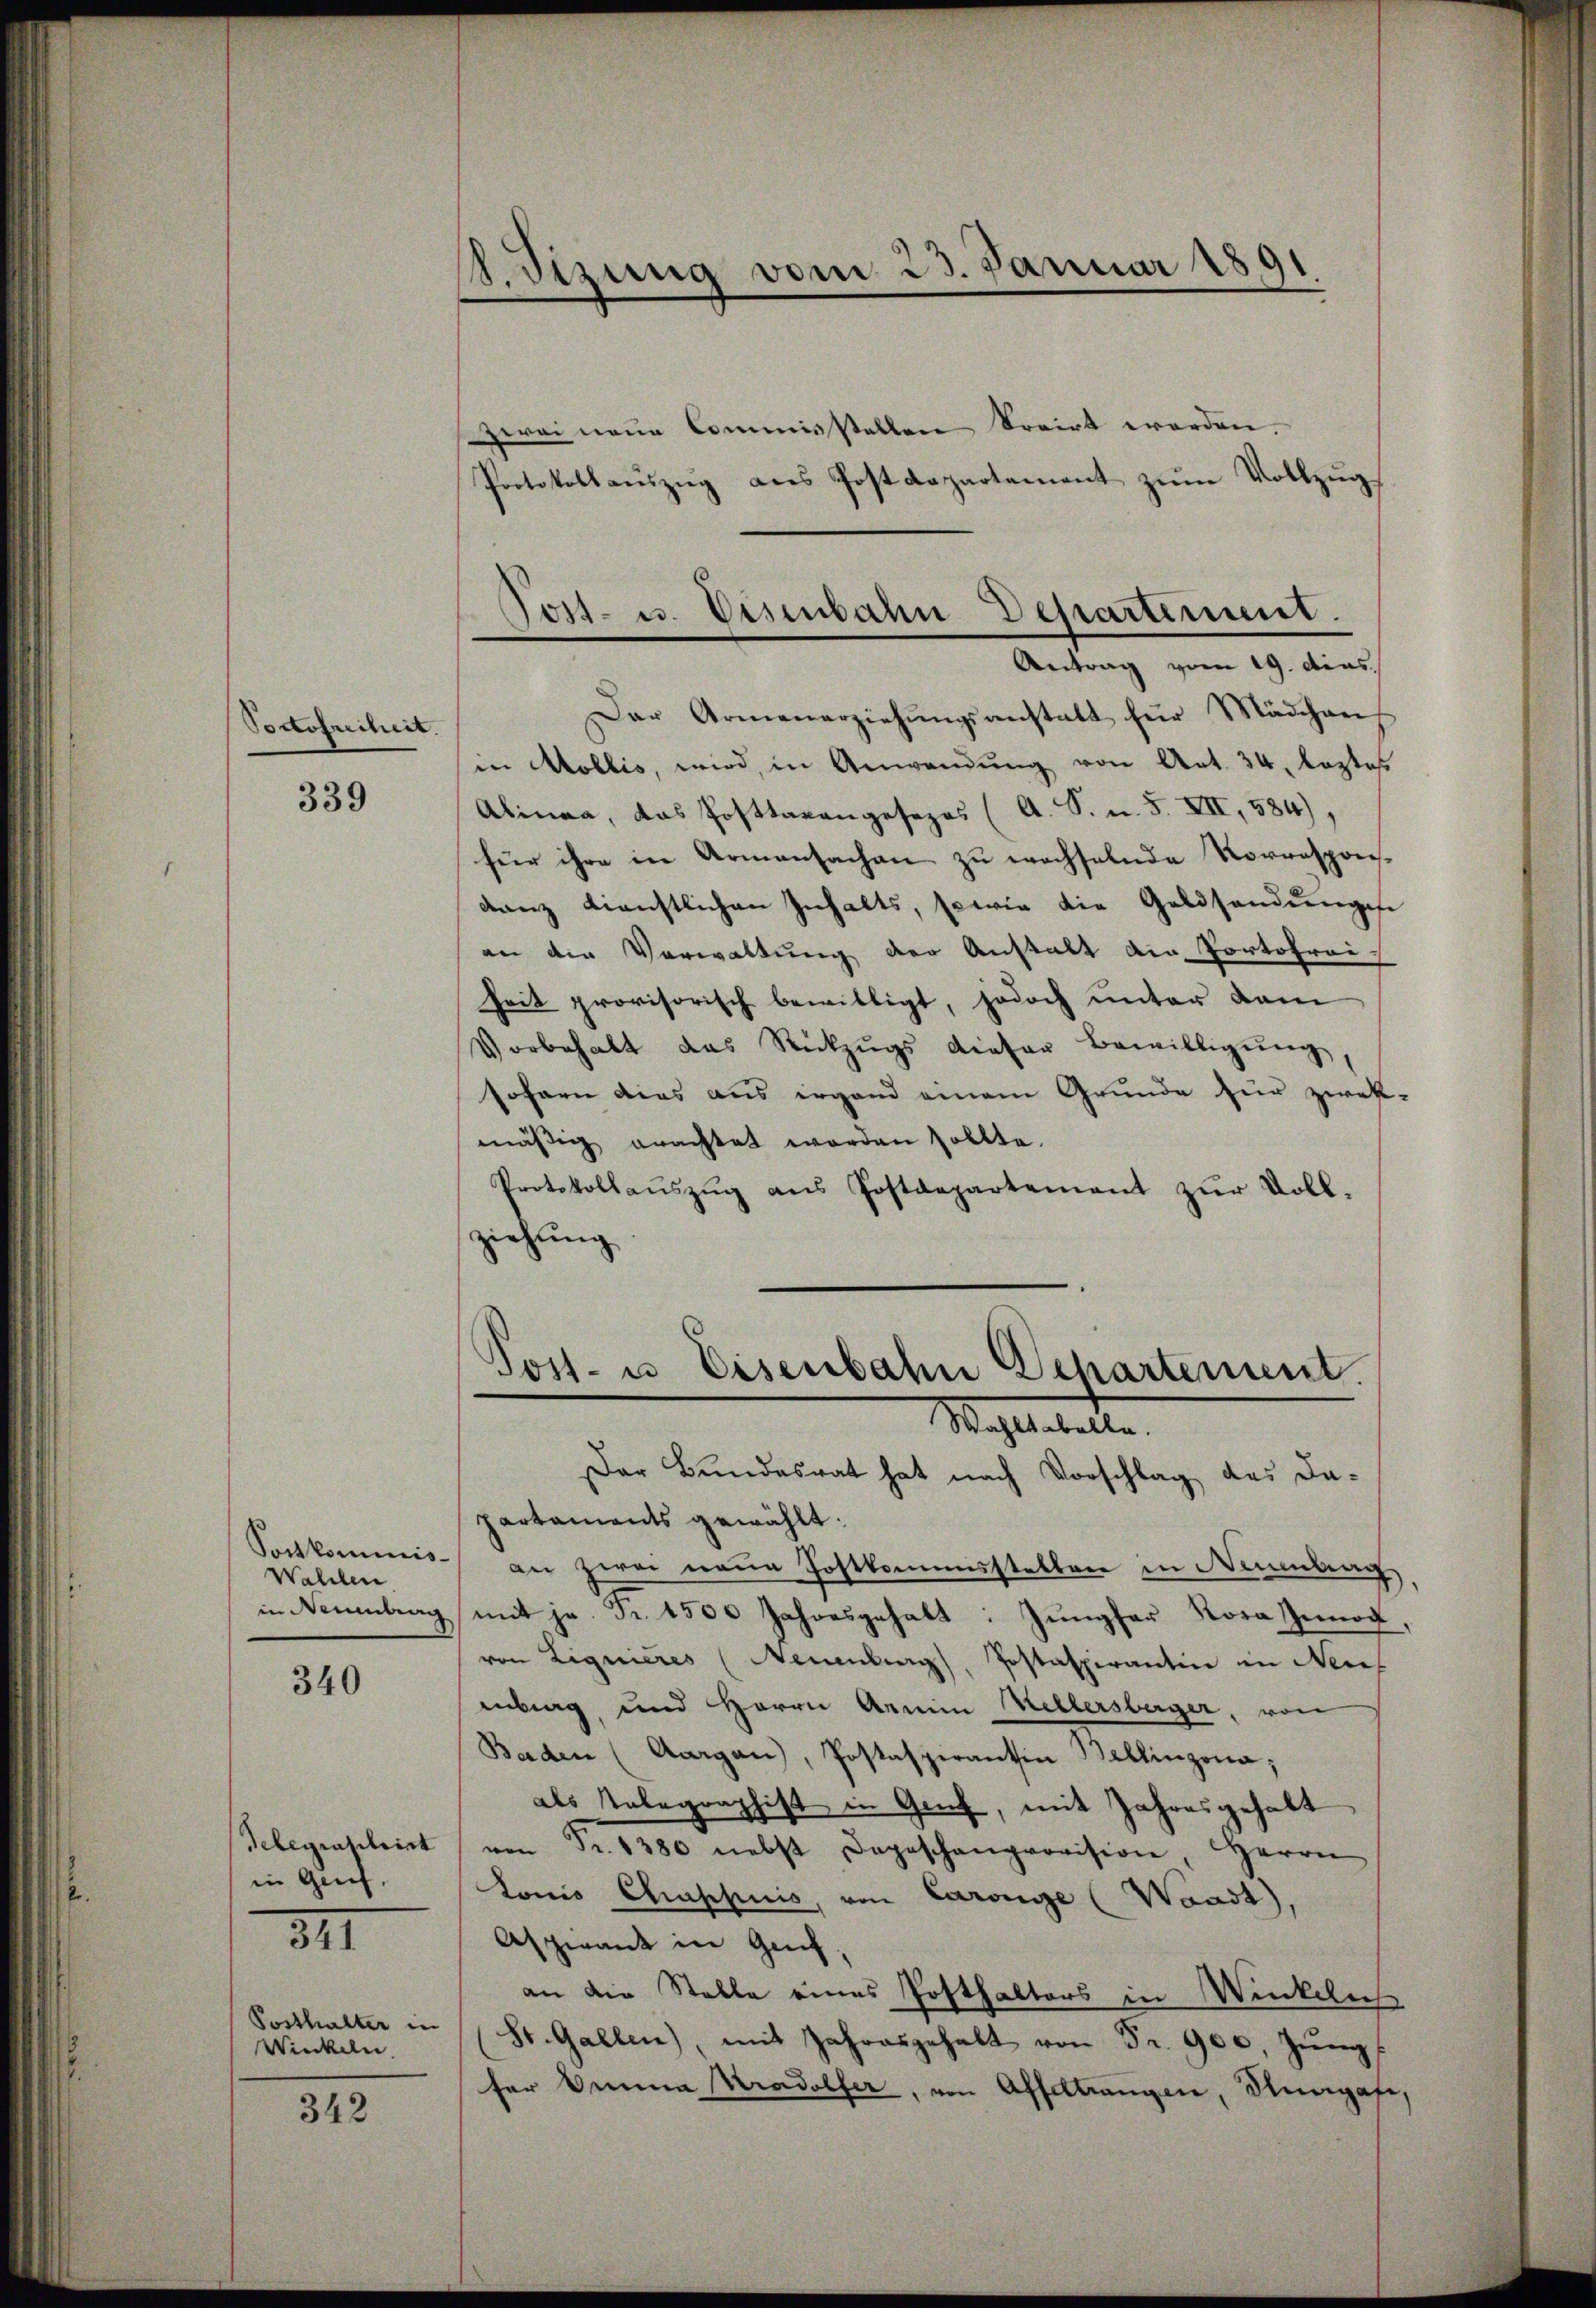
Poctofreiheit.

339

Wahlen

340

Telegraphirt
in Genf.

341

Posthalter in
Winkeln.

342

.Sizung vom 23. Januar 1891
e

zwei neue Commisstellen korirt werden.
Protokollauszug aus Postdepartement zum Vollzug
Der Armenerziehungsanstatt für Mädchen
in Mollis, wird, in Anwendŭng von Art. 34, leztes
Alinea, das Posttaxangesezes (A. S. u. 5. XII, 584).
für ihre in Armensachen zu wachselnde Korresponsdanz dienstlichen Inhalts, sowie die Geldsendŭngss
an die Verwaltung der Anstalt die Portofreiheit provisorisch bewilligt, jedoch unter dem
Vorbehalt das Rückzŭgs dieser Bewilligŭng
sofern dies aus irgend einem Grunde für zwek-
mäßig erachtet worden sollte.
Protokollaŭszŭg ans Postdepartement zŭr Voll-
ziehung

Tost- u. Eisenbahn Departement.
Antrag vom 19. dies

Post- u. Eisenbahn Departement.
Wahlsabelle.

Der Bundesrat hat nach Vorschlag des Dapartaments gewählt:
Sachkommis an zwei neŭe Postkommissteller in Neuenburg,
in Neuenburg mit je. Fr. 1500 Jahresgehalt: Jŭngfar Rosa Innoch,
von Liquieres (Neuenburg, Postaspirantin in Neues
enburg und Herrn Armin Kellersberger, von
Baden (Aargau), Postaspirantin Bellinzona;
als Telegraphist in Genf, mit Jahresgehabt
von Fr. 1380 nebst Depeschenprovision, Herrn
Lonis Chrappiis, von Carolie (Waadt,
Aspirant in Genf
an die Stelle eines Posthalters in Winkeln
St. Gallen, mit Jahresgehalt von Fr. 900. Jŭngf
fer Anna Kradolfer, von Affeltrangen, Rungafe,